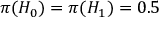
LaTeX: \textstyle \pi ( H _ { 0 } ) = \pi ( H _ { 1 } ) = 0 . 5